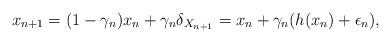
LaTeX: \begin{align*}x_{n+1} = (1-\gamma_n) x_n + \gamma_n \delta_{X_{n+1}} = x_n + \gamma_n (h(x_n) + \epsilon_n),\end{align*}